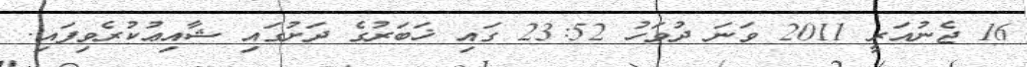
16 ޖެނުއަރީ 2011 ވަނަ ދުވަހު 23:52 ގައި ޚަބަރުގެ ދަށުގައި ޝާއިޢުކުރެވިފައި.